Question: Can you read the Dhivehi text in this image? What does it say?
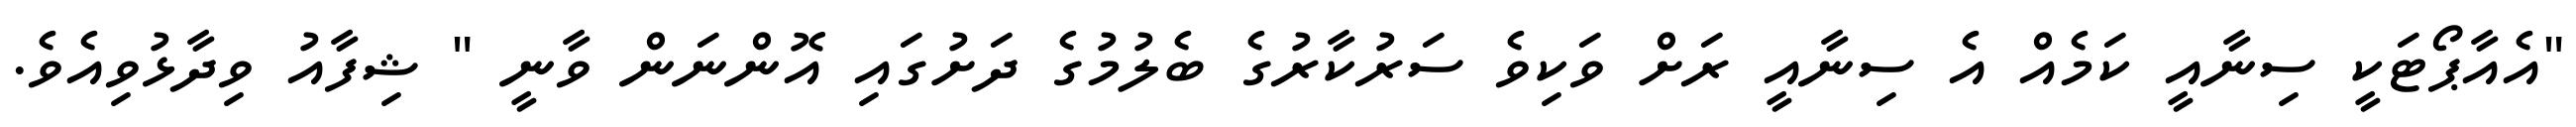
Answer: "އެއާޕޯޓަކީ ސިނާއީ ކަމެއް އެ ސިނާއީ ރަށް ވަކިވެ ސަރުކާރުގެ ބެލުމުގެ ދަށުގައި އޮންނަން ވާނީ " ޝިފާއު ވިދާޅުވިއެވެ.